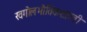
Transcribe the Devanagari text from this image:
खगोलभौतिकशास्त्री